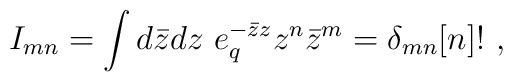
I_{mn}=\int d\bar z dz\ e_q^{-\bar z z}z^n\bar z^m = \delta_{mn}[n]!\ ,